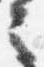
言